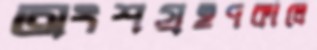
অংশগ্রহণকালে